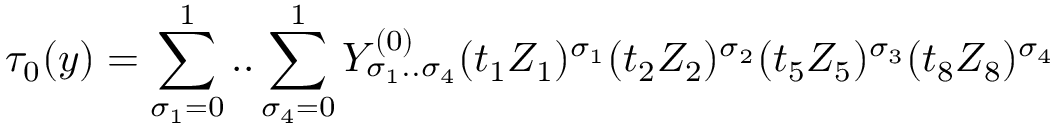
\tau _ { 0 } ( y ) = \sum _ { \sigma _ { 1 } = 0 } ^ { 1 } . . \sum _ { \sigma _ { 4 } = 0 } ^ { 1 } Y _ { \sigma _ { 1 } . . \sigma _ { 4 } } ^ { ( 0 ) } ( t _ { 1 } Z _ { 1 } ) ^ { \sigma _ { 1 } } ( t _ { 2 } Z _ { 2 } ) ^ { \sigma _ { 2 } } ( t _ { 5 } Z _ { 5 } ) ^ { \sigma _ { 3 } } ( t _ { 8 } Z _ { 8 } ) ^ { \sigma _ { 4 } }